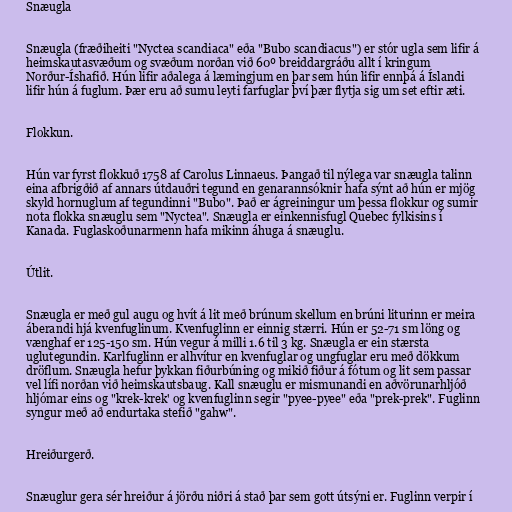
Snæugla

Snæugla (fræðiheiti "Nyctea scandiaca" eða "Bubo scandiacus") er stór ugla sem lifir á
heimskautasvæðum og svæðum norðan við 60º breiddargráðu allt í kringum
Norður-Íshafið. Hún lifir aðalega á læmingjum en þar sem hún lifir ennþá á Íslandi
lifir hún á fuglum. Þær eru að sumu leyti farfuglar því þær flytja sig um set eftir æti.

Flokkun.

Hún var fyrst flokkuð 1758 af Carolus Linnaeus. Þangað til nýlega var snæugla talinn
eina afbrigðið af annars útdauðri tegund en genarannsóknir hafa sýnt að hún er mjög
skyld hornuglum af tegundinni "Bubo". Það er ágreiningur um þessa flokkur og sumir
nota flokka snæuglu sem "Nyctea". Snæugla er einkennisfugl Quebec fylkisins í
Kanada. Fuglaskoðunarmenn hafa mikinn áhuga á snæuglu.

Útlit.

Snæugla er með gul augu og hvít á lit með brúnum skellum en brúni liturinn er meira
áberandi hjá kvenfuglinum. Kvenfuglinn er einnig stærri. Hún er 52-71 sm löng og
vænghaf er 125-150 sm. Hún vegur á milli 1.6 til 3 kg. Snæugla er ein stærsta
uglutegundin. Karlfuglinn er alhvítur en kvenfuglar og ungfuglar eru með dökkum
dröflum. Snæugla hefur þykkan fiðurbúning og mikið fiður á fótum og lit sem passar
vel lífi norðan við heimskautsbaug. Kall snæuglu er mismunandi en aðvörunarhljóð
hljómar eins og "krek-krek' og kvenfuglinn segir "pyee-pyee" eða "prek-prek". Fuglinn
syngur með að endurtaka stefið "gahw".

Hreiðurgerð.

Snæuglur gera sér hreiður á jörðu niðri á stað þar sem gott útsýni er. Fuglinn verpir í